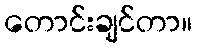
တောင်းချင်တာ။